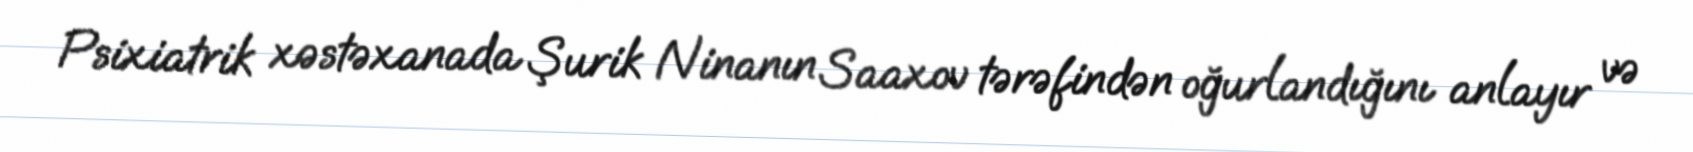
Psixiatrik xəstəxanada Şurik Ninanın Saaxov tərəfindən oğurlandığını anlayır və